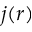
j ( r )